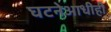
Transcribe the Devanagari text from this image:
घटनेआधीही